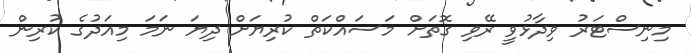
މިނިސްޓަރު ވިދާޅުވީ ރޭވި ގޮތަށް މަސައްކަތް ކުރިޔަށް ދިޔަ ނަމަ މިއަދުގެ ކުރިން